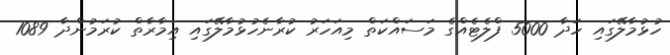
ހުޅުމާލޭގައި ހަދާ 5000 ފްލެޓެއްގެ މަސައްކަތް މިއަހަރު ކުރާނެހުޅުމާލޭގައި އިމާރާތް ކުރަމުންދާ 1089